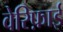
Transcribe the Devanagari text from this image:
वेरिफ़ाई